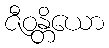
ဇီဝန္တိယော